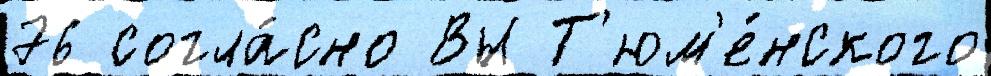
76 согла́сно Вы Т'юм'е́нского